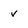
Character: v